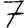
Digit: 7